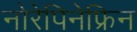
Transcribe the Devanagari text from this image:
नोरेपिनेफ्रिन